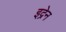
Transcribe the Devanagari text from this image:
इद्रेन